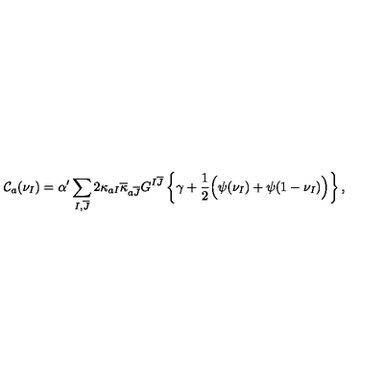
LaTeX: { \cal C } _ { a } ( \nu _ { I } ) = \alpha ^ { \prime } \sum _ { I , \overline { { J } } } 2 \kappa _ { a I } \overline { { \kappa } } _ { a \overline { { J } } } G ^ { I \overline { { J } } } \left\{ \gamma + \frac { 1 } { 2 } \Big ( \mathrm { \boldmath { \psi } } ( \nu _ { I } ) + \mathrm { \boldmath { \psi } } ( 1 - \nu _ { I } ) \Big ) \right\} ,